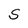
Character: S